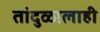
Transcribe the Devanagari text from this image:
तांदुळालाही